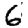
Digit: 6